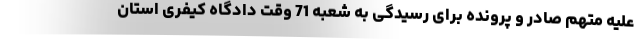
علیه متهم صادر و پرونده برای رسیدگی به شعبه 71 وقت دادگاه کیفری استان